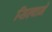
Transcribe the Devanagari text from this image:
सिल्वाने